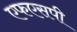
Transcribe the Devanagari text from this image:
एफएसपी